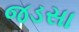
જડસા